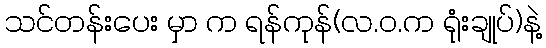
သင်တန်းပေး မှာ က ရန်ကုန်(လ.ဝ.က ရုံးချုပ်)နဲ့